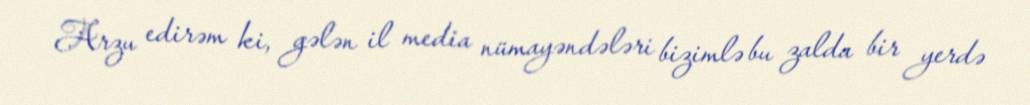
Arzu edirəm ki, gələn il media nümayəndələri bizimlə bu zalda bir yerdə